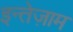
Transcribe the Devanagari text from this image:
इन्तेज़ाम